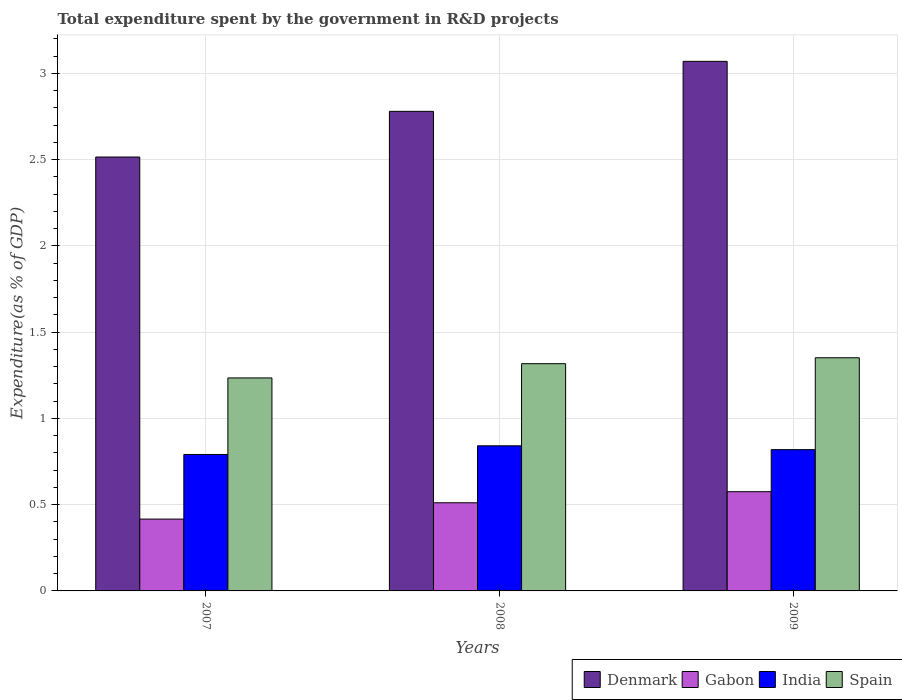
| Years | Denmark | Gabon | India | Spain |
 | --- | --- | --- | --- | --- |
 | 2007 | 2.51 | 0.416 | 0.791 | 1.23 |
 | 2008 | 2.78 | 0.511 | 0.841 | 1.32 |
 | 2009 | 3.07 | 0.575 | 0.819 | 1.35 |